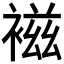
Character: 𧛏